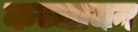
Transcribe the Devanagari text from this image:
कच्चायन